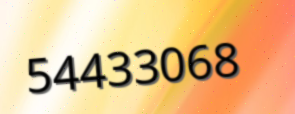
54433068